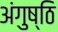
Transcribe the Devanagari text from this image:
अंगुष्ठि